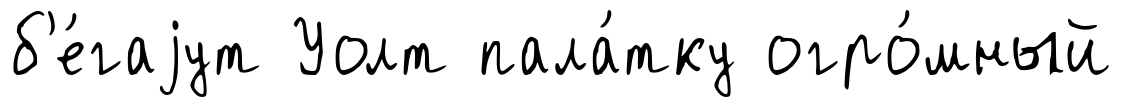
б'е́гаjут Уолт пала́тку огро́мный